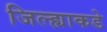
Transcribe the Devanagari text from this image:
जिल्ह्याकडे